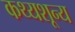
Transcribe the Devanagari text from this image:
कथ्यशून्य